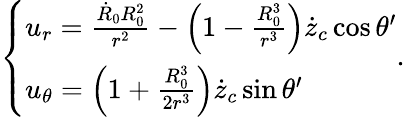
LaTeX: \left\{ \begin{array}{l}{u_{r}=\frac{\dot{R}_{0}R_{0}^{2}}{r^{2}}-\left(1-\frac{R_{0}^{3}}{r^{3}}\right)\dot{z}_{c}\cos\theta^{\prime}}\\ {u_{\theta}=\left(1+\frac{R_{0}^{3}}{2r^{3}}\right)\dot{z}_{c}\sin\theta^{\prime}}\end{array}\right..